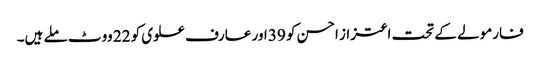
فارمولے کے تحت اعتزاز احسن کو 39 اور عارف علوی کو 22 ووٹ ملے ہیں۔